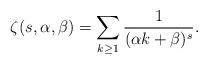
LaTeX: \begin{align*} \zeta(s, \alpha, \beta) & = \sum_{k \geq 1} \frac{1}{(\alpha k + \beta)^s}. \end{align*}